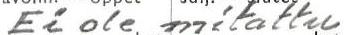
Ei ole mitattu